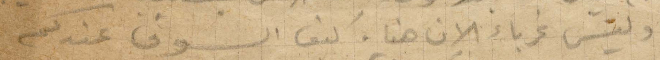
وليس غرباء الان هنا. كيف السوق عندكم